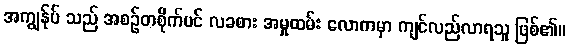
အကျွန်ုပ် သည် အစဉ်တစိုက်ပင် လခစား အမှုထမ်း လောကမှာ ကျင်လည်လာရသူ ဖြစ်၏။